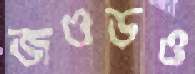
জওডও